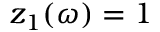
z _ { 1 } ( \omega ) = 1